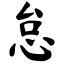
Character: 怠